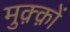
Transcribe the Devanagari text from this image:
मुक़्क़ों